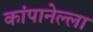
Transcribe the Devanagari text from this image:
कांपानेल्ला